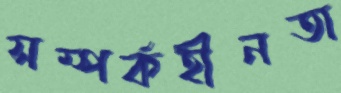
সম্পর্কহীনতা